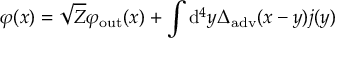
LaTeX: \varphi ( x ) = { \sqrt { Z } } \varphi _ { \mathrm { o u t } } ( x ) + \int \mathrm { d } ^ { 4 } y \Delta _ { \mathrm { a d v } } ( x - y ) j ( y )